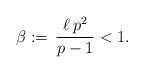
LaTeX: \begin{align*}\beta:=\,\frac{\ell\,p^2}{p-1} < 1 .\end{align*}